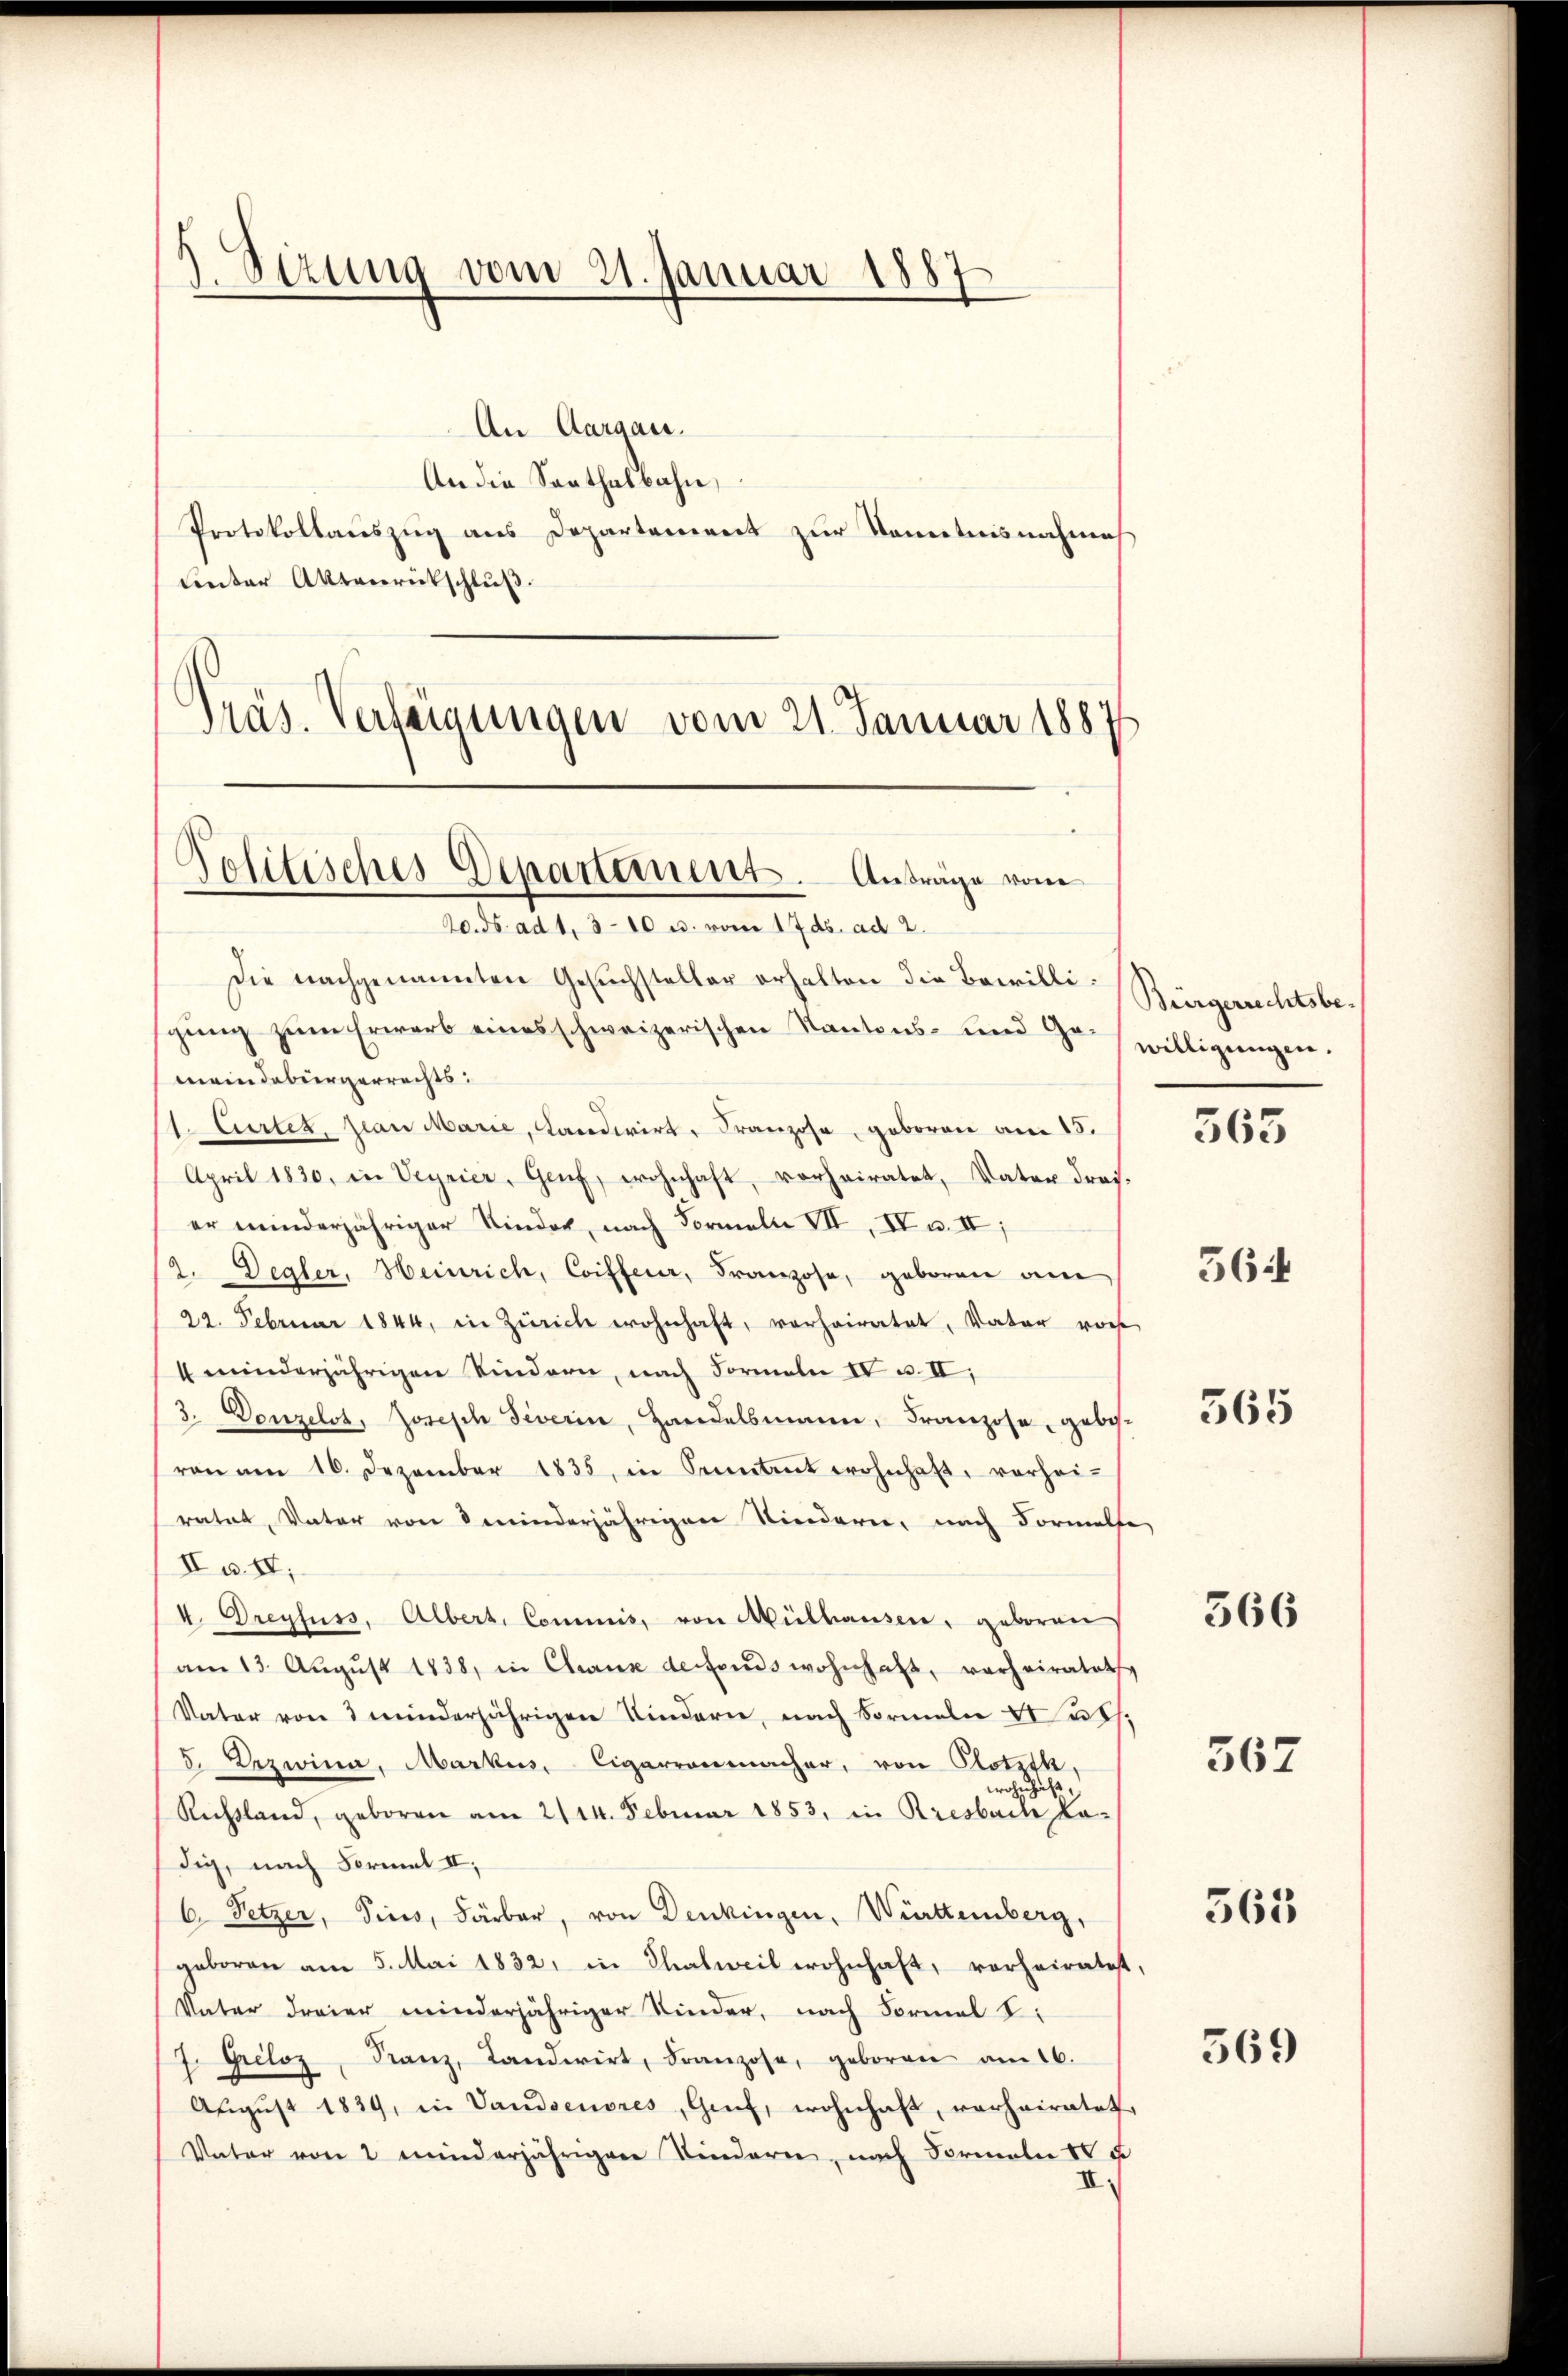
3. Sizung vom 21. Januar 1887

An Aargau.
An die Santhalbahn,
Protokollauszug aus Departement zur Kenntnisnahmes
Lnter Aktenrückschluß.
Präs. Verweigungen vom 21. Januar 1887

Politisches Departement. Anträge vom
20. ds. ad 1. 310 u. vom 17. ds. ad 2.

Die nachgenannten Gesuchsteller erhalten die Bewillisgŭng zŭm Erwarb eines schweizerischen Kantons- und so willigŭngen.
meindebürgerrechts:
Eurter, pian Marie, Candivirt, Franzose, geboren am 15.
April 1830, in Veyrier, Genf, wohnhaft, vorheiratet, Vater drei.
er minderjähriger Kinder, nach Formeln VII, IV u. II,
2. Degler, Heinrich, Coiffeur, Franzose, geboren am
22. Februar 1844, in Zürich wohnhaft, vorheiratet, Vater vor
4 minderjährigen Kindern, nach Formeln IV u. II,
3. Denzelst, Joseph Severin, Handelsmann, Franzose, gebe.
von am 16. Dezember 1835, in Seitet wohnhaft, vorhei-
ratet, Vater von minderjährigen Niedern, nach Formelle,
Iu. II,
I Dreyfuss, Albert. Commis, von Mülhausen, geboren
am 13. Aŭgŭst 1838, in Chaus detends wohnhaft, verheiratet,
Vater von 3 minderjährigen Kindern, nach Formeln Math.
5. Dezwina, Markus, Cigarrenmacher, von Potith,
wohnhaft,
Rechtland, geboren am 2114. Februar 1853, in Kresbach Ladig, nach Formel II,
6. Setzer, dies, Färber, von Denkingen, Württemberg,
geboren am 5. Mai 1832, in Thalweil wohnhaft, vorheiratet,
Vater dreier minderjähriger Kinder, nach Formal
7. Greloz, Kanz, Landwirt, Franzose, geboren am 16.
Aŭgŭst 1839, in Vandsenores, Genf, wohnhaft, verheiratet,
Vater von 2 minderjährigen Kindern, nach Formeln IV u
II.

Bürgerrechtsbe¬

563

564

565

366

367

561

569